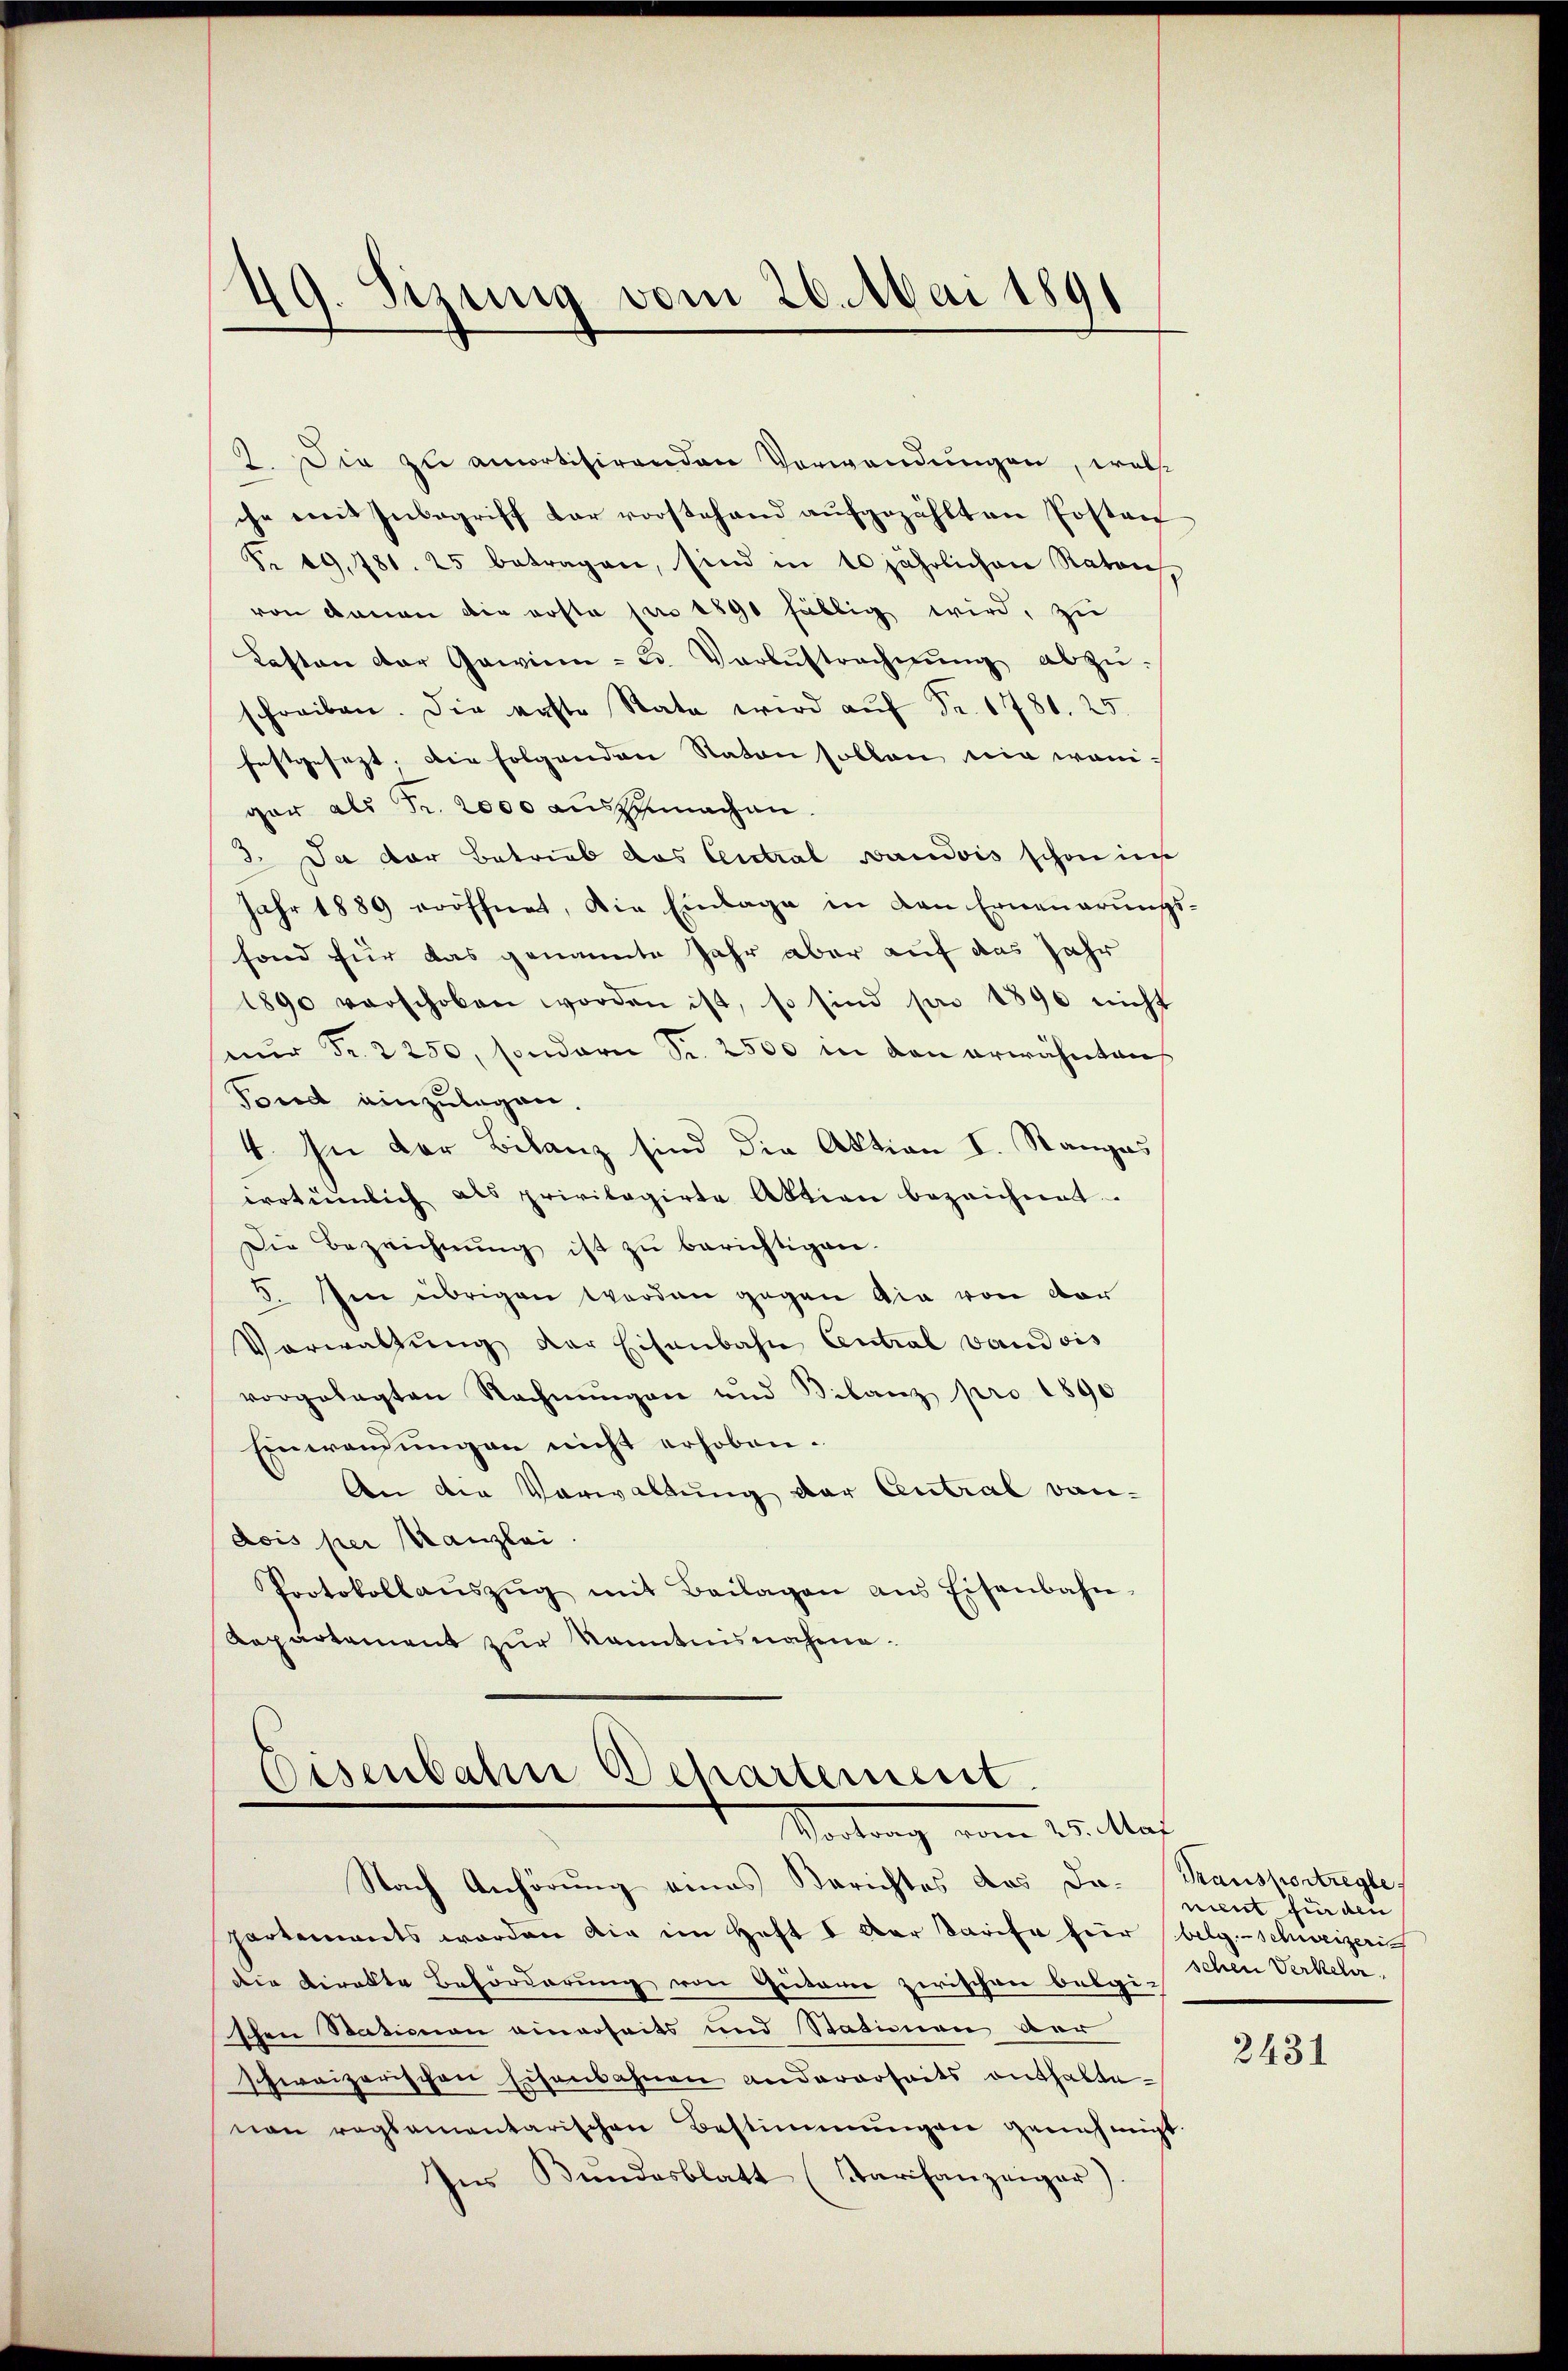
49. Sizung vom 26. Mai 1891

2. Die zu amortisirenden Verwendungen, welche
che mit Inbegriff dar vorstehend aufgezählten Posten
Nr. 19, 781. 25 betragen, sind in 10 jährlichen Ratans
von dauen die posta pro 1890 fällig wird, zu
Lasten der Gewinn - u. Verlustrechnŭng abzŭ-
schreiben. Die erste Rata wird aŭf Fr. 1781. 25
festgesezt. Die folgenden Naton sollen nie wenigar als Fr. 2000 auszumachen.
3. Da der Betrieb das Central Baudois schon in
Jahr 1889 eröffnet, die Einlage in den Erneuerungs-
fond für das genannte Jahr aber auf das Jahr
1890 verschoben worden ist, so sind pro 1890 nicht
nŭr Fr. 2250, sondern S. 2500 in den erwähnten
Fond einzulegen.
4. In der Bilanz sind die Aktion I. Stanges
iotümlich als privilegirte Aktion bezeichnet.
Die Bezeichnŭng ist zŭ berichtigen.
5. Im übrigen worden gegen Gia von dor
Vorwaltung der Eisenbahn Central vaudois
vorgelegten Rechnŭngen und Bilanz pro 1890
Einwendungen nicht erhoben.
An der Vorwaltung der Central van-
dois per Kanzlei.
Protokollaŭszŭg mit Beilagen ans Eisenbahn-
Repartement zur Kenntnisnahme¬

Eisenbahn Behartement
Vertrag vom Witter

Nach Anhörung eines Berichtes das Dapartements worden die im Haft I der Tarife hier belg. Schweizeris
Die Direkte Beförderung von Gutarre zwischen belgi-
schen Stationen einerseits und Stationen ver
schweizerischen Eisenbahnen andererseits enthaltenon regsamentarischen Bestimmungen genehmigt
Ins Bundesblatt (Tarchanzeiger)

Transportregle
nient für den
schen Verkehr.

2431